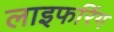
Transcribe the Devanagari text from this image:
लाइफरिंग